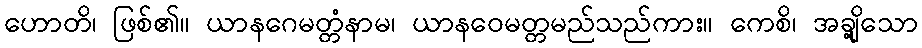
ဟောတိ၊ ဖြစ်၏။ ယာနဂေမတ္တံနာမ၊ ယာနဝေမတ္တမည်သည်ကား။ ကေစိ၊ အချို့သော